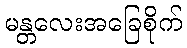
မန္တလေးအခြေစိုက်